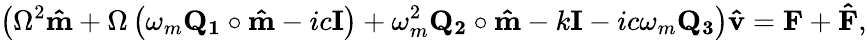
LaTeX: \left(\Omega^{2}\mathbf{\hat{m}}+\Omega\left(\omega_{m}\mathbf{Q_{1}}\circ\mathbf{\hat{m}}-ic\mathbf{I}\right)+\omega_{m}^{2}\mathbf{Q_{2}}\circ\mathbf{\hat{m}}-k\mathbf{I}-ic\omega_{m}\mathbf{Q_{3}}\right)\mathbf{\hat{v}}=\mathbf{F}+\mathbf{\hat{F}},